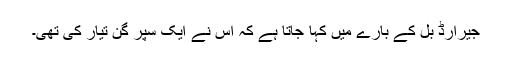
جیرارڈ بُل کے بارے میں کہا جاتا ہے کہ اُس نے ایک سپر گن تیار کی تھی۔